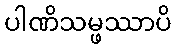
ပါဏိသမ္ဖဿာပိ